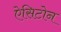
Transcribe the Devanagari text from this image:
ऐसिटोन